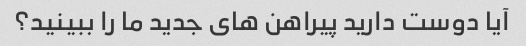
آیا دوست دارید پیراهن های جدید ما را ببینید؟